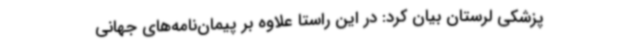
پزشکی لرستان بیان کرد: در این راستا علاوه بر پیمان‌نامه‌های جهانی